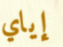
إياي